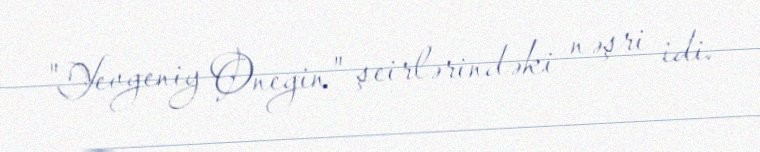
"Yevgeniy Onegin" şeirlərindəki nəşri idi.